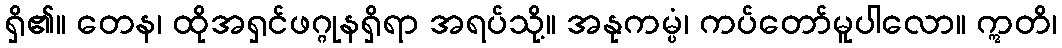
ရှိ၏။ တေန၊ ထိုအရှင်ဖဂ္ဂုနရှိရာ အရပ်သို့။ အနုကမ္ပံ၊ ကပ်တော်မူပါလော။ ဣတိ၊